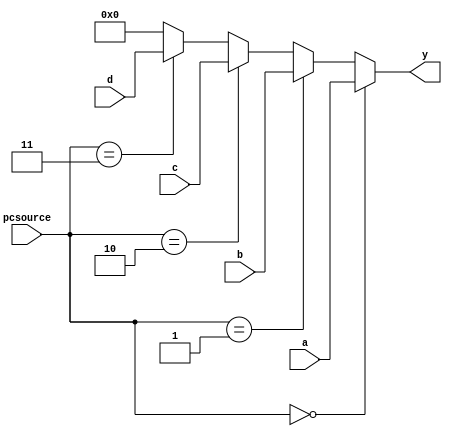
`timescale 1ns / 1ps
//41
module mux4x32 (a,b,c,d,pcsource,y);
	input [31:0] a,b,c,d; 
	input [1:0]pcsource; 
	output [31:0] y; 
	assign y = pcsource==2'b00 ? a :
	           pcsource==2'b01 ? b :
	           pcsource==2'b10 ? c :
	           pcsource==2'b11 ? d :0;
endmodule